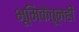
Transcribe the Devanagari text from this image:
भूमिकेतूनही